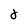
Character: d